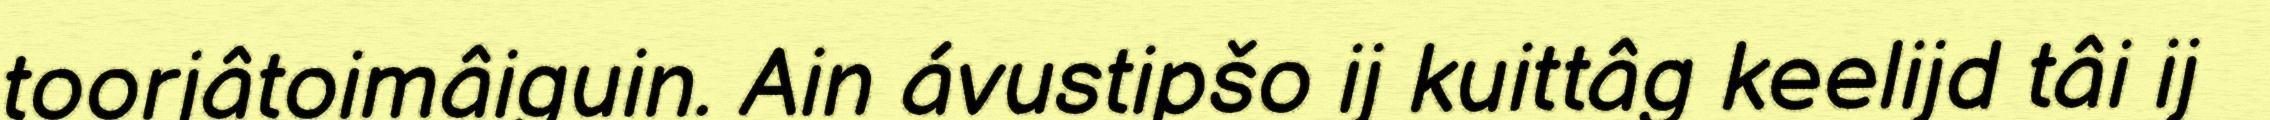
toorjâtoimâiguin. Ain ávustipšo ij kuittâg keelijd tâi ij